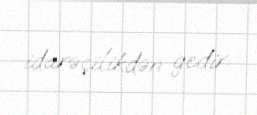
idarəçilikdən gedir.